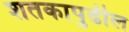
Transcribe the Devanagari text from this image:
शतकापुढील